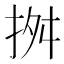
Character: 𢬓